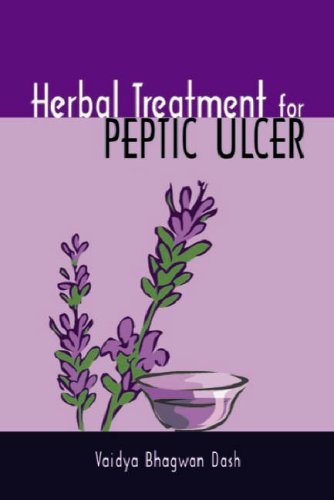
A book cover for Herbal Treatment for Peptic Ulcer and Gastritis (Herbal Cure); Vaidya Bhagwan Dash; Health, Fitness & Dieting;